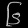
Digit: ၆